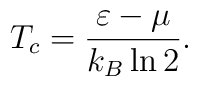
T_c= \frac{\varepsilon -\mu}{k_B\ln{2}}\/.